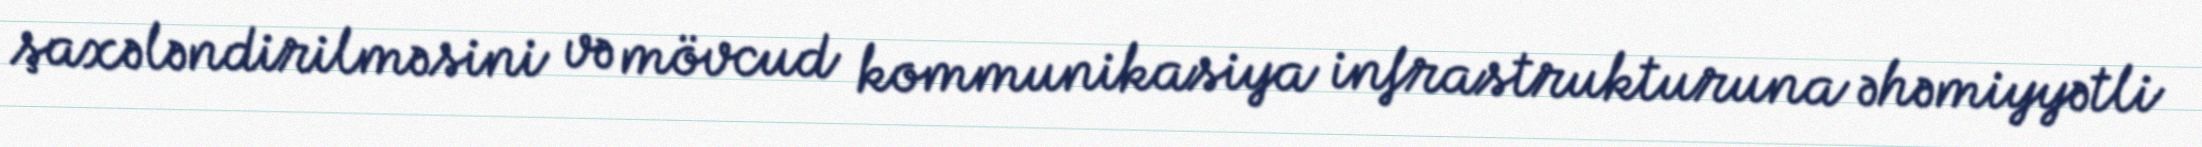
şaxələndirilməsini və mövcud kommunikasiya infrastrukturuna əhəmiyyətli